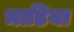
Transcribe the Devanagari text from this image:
भाडिया